Vaccination in the Punjab 1919-1929 - 1919-1929
Year: 1919
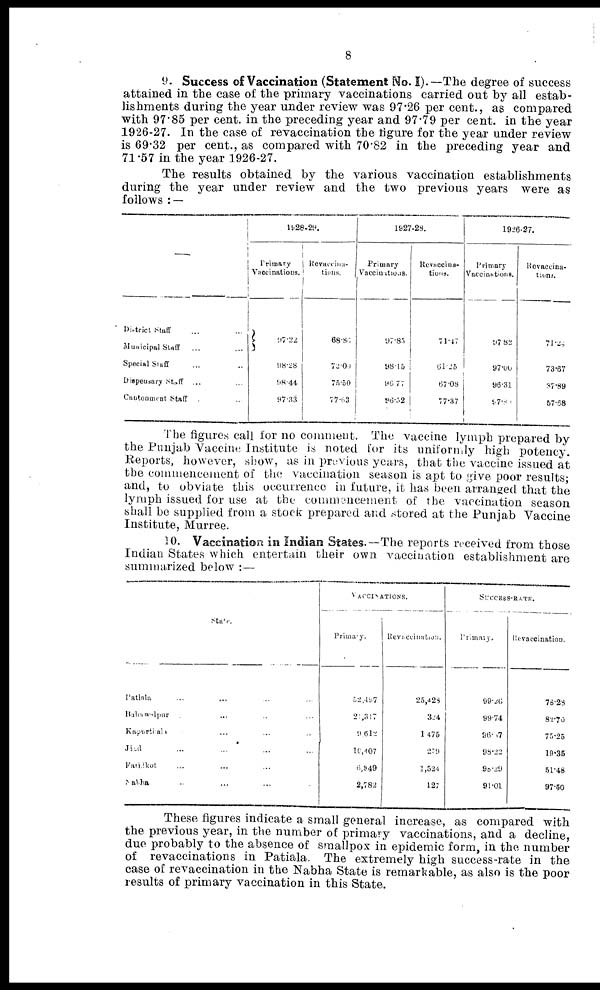
8
9. Success of Vaccination (Statement No. I).—The degree of success
attained in the case of the primary vaccinations carried out by all estab-
lishments during the year under review was 97.26 per cent., as compared
with 97.85 per cent. in the preceding year and 97.79 per cent. in the year
1926-27. In the case of revaccination the figure for the year under review
is 69.32 per cent., as compared with 70.82 in the preceding year and
71.57 in the year 1926-27.
The results obtained by the various vaccination establishments
during the year under review and the two previous years were as
follows : —
—
District Staff ... ...
Municipal Staff ... ...
Special Staff ... ...
Dispensary staff
... ...
Cantonment Staff ... ...
1928-29.
Primary
Vaccinations.
97.22
98.28
98.44
97.33
Revaccina¬
tions.
68.86
72.00
75.50
77.63
1927-28.
Primary
Vaccination.
97.85
98.15
96.77
96.52
Revaccina¬
tions.
71.47
61.25
97.08
77.37
1926-27.
Primary
Vaccinations.
97.82
97.00
96.31
97.80
Revaccina¬
tions.
71.28
73.67
37.89
57.68
The figures call for no comment. The vaccine lymph prepared by
the Punjab Vaccine Institute is noted for its uniformly high potency.
Reports, however, show, as in previous years, that the vaccine issued at
the commencement of the vaccination season is apt to give poor results;
and, to obviate this occurrence in future, it has been arranged that the
lymph issued for use at the commencement of the vaccination season
shall be supplied from a stock prepared and stored at the Punjab Vaccine
Institute, Murree.
10. Vaccination in Indian States.—The reports received from those
Indian States which entertain their own vaccination establishment are
summarized below : —
State.
Patiala ... ... ... ...
Bahawalpur ... ... ... ...
Kapurthala ... ... ... ...
Jind ... ... ... ...
Farilkot ... ... ... ...
Nabha ... ... ... ...
VACCINATIONS.
Primary.
52,497
21,317
9,612
16,407
6,349
2,782
Revaccination.
25,428
324
1,475
279
1,524
127
SUCCESS-RATE.
Primary.
99.26
99.74
96.87
98.22
98.29
91.01
Revaccination.
78.28
82.70
75.25
19.35
51.48
97.50
These figures indicate a small general increase, as compared with
the previous year, in the number of primary vaccinations, and a decline,
due probably to the absence of smallpox in epidemic form, in the number
of revaccinations in Patiala. The extremely high success-rate in the
case of revaccination in the Nabha State is remarkable, as also is the poor
results of primary vaccination in this State.